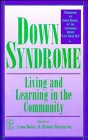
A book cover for Down Syndrome: Living and Learning in the Community; Health, Fitness & Dieting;